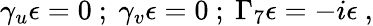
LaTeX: \gamma_{u}\epsilon=0~;~\gamma_{v}\epsilon=0~;~\Gamma_{7}\epsilon=-i\epsilon~,